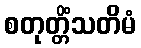
စတုတ္တိံသတိမံ